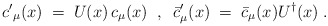
\begin{align*}{c'}_{\mu}(x) \;=\; U(x) \, c_{\mu} (x) \;\;,\;\; {{\bar c}'}_{\mu} (x) \;=\;{\bar c}_{\mu} (x)U^{\dagger} (x) \;.\end{align*}